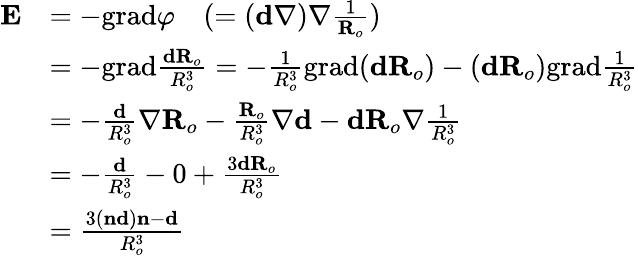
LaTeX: \begin{array}{rl}{\textbf{E}}&{=-\textrm{grad}\varphi\quad(=(\textbf{d}\nabla)\nabla\frac{1}{\textbf{R}_{o}})}\\ &{=-\textrm{grad}\frac{\textbf{d}\textbf{R}_{o}}{R_{o}^{3}}=-\frac{1}{R_{o}^{3}}\textrm{grad}(\textbf{d}\textbf{R}_{o})-(\textbf{d}\textbf{R}_{o})\textrm{grad}\frac{1}{R_{o}^{3}}}\\ &{=-\frac{\textbf{d}}{R_{o}^{3}}\nabla\textbf{R}_{o}-\frac{\textbf{R}_{o}}{R_{o}^{3}}\nabla\textbf{d}-\textbf{dR}_{o}\nabla\frac{1}{R_{o}^{3}}}\\ &{=-\frac{\textbf{d}}{R_{o}^{3}}-0+\frac{3\textbf{dR}_{o}}{R_{o}^{3}}}\\ &{=\frac{3(\textbf{nd})\textbf{n}-\textbf{d}}{R_{o}^{3}}}\end{array}